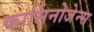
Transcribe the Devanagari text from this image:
कार्सिनोजेन्स